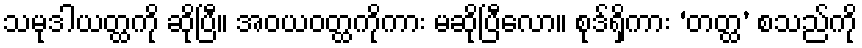
သမုဒါယတ္ထကို ဆိုပြီ။ အဝယဝတ္ထကိုကား မဆိုပြီလော။ စုဒ်ရှိကား ‘တတ္ထ’ စသည်ကို